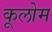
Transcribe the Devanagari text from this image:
कूलोम